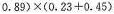
0 . 8 9 ) \times ( 0 . 2 3 + 0 . 4 5 )$$